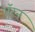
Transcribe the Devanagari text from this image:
ऍरन